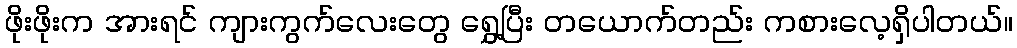
ဖိုးဖိုးက အားရင် ကျားကွက်လေးတွေ ရွှေ့ပြီး တယောက်တည်း ကစားလေ့ရှိပါတယ်။